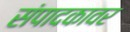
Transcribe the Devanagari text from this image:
संपादकावर